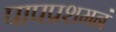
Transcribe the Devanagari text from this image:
पापप्रशमनं